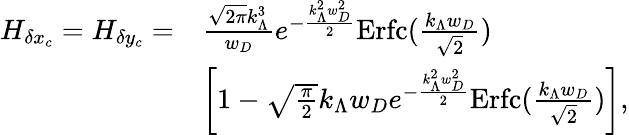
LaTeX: \begin{array}{rl}{H_{\delta x_{c}}=H_{\delta y_{c}}=}&{\frac{\sqrt{2\pi}k_{\Lambda}^{3}}{w_{D}}e^{-\frac{k_{\Lambda}^{2}w_{D}^{2}}{2}}\mathrm{Erfc}(\frac{k_{\Lambda}w_{D}}{\sqrt{2}})}\\ &{\left[1-\sqrt{\frac{\pi}{2}}k_{\Lambda}w_{D}e^{-\frac{k_{\Lambda}^{2}w_{D}^{2}}{2}}\mathrm{Erfc}(\frac{k_{\Lambda}w_{D}}{\sqrt{2}})\right],}\end{array}